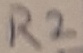
Text: R2